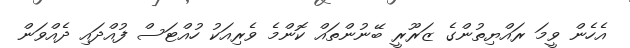
އެހެން ވީމަ ރައްޔިތުންގެ ޒަރޫރީ ބޭނުންތައް ކޮންމެ ވެރިއަކު ހުއްޓަސް ފުއްދައި ދެއްވަން